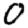
Digit: 0